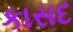
કાસદ